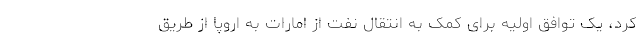
کرد، یک توافق اولیه برای کمک به انتقال نفت از امارات به اروپا از طریق